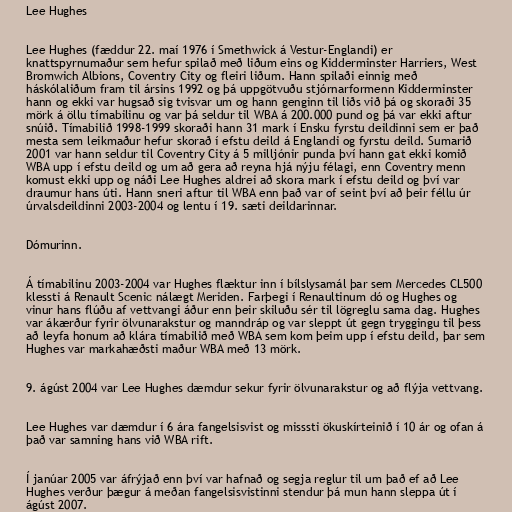
Lee Hughes

Lee Hughes (fæddur 22. maí 1976 í Smethwick á Vestur-Englandi) er
knattspyrnumaður sem hefur spilað með liðum eins og Kidderminster Harriers, West
Bromwich Albions, Coventry City og fleiri liðum. Hann spilaði einnig með
háskólaliðum fram til ársins 1992 og þá uppgötvuðu stjórnarformenn Kidderminster
hann og ekki var hugsað sig tvisvar um og hann genginn til liðs við þá og skoraði 35
mörk á öllu tímabilinu og var þá seldur til WBA á 200.000 pund og þá var ekki aftur
snúið. Tímabilið 1998-1999 skoraði hann 31 mark í Ensku fyrstu deildinni sem er það
mesta sem leikmaður hefur skorað í efstu deild á Englandi og fyrstu deild. Sumarið
2001 var hann seldur til Coventry City á 5 milljónir punda því hann gat ekki komið
WBA upp í efstu deild og um að gera að reyna hjá nýju félagi, enn Coventry menn
komust ekki upp og náði Lee Hughes aldrei að skora mark í efstu deild og því var
draumur hans úti. Hann sneri aftur til WBA enn það var of seint því að þeir féllu úr
úrvalsdeildinni 2003-2004 og lentu í 19. sæti deildarinnar.

Dómurinn.

Á tímabilinu 2003-2004 var Hughes flæktur inn í bílslysamál þar sem Mercedes CL500
klessti á Renault Scenic nálægt Meriden. Farþegi í Renaultinum dó og Hughes og
vinur hans flúðu af vettvangi áður enn þeir skiluðu sér til lögreglu sama dag. Hughes
var ákærður fyrir ölvunarakstur og manndráp og var sleppt út gegn tryggingu til þess
að leyfa honum að klára tímabilið með WBA sem kom þeim upp í efstu deild, þar sem
Hughes var markahæðsti maður WBA með 13 mörk.

9. ágúst 2004 var Lee Hughes dæmdur sekur fyrir ölvunarakstur og að flýja vettvang.

Lee Hughes var dæmdur í 6 ára fangelsisvist og misssti ökuskírteinið í 10 ár og ofan á
það var samning hans við WBA rift.

Í janúar 2005 var áfrýjað enn því var hafnað og segja reglur til um það ef að Lee
Hughes verður þægur á meðan fangelsisvistinni stendur þá mun hann sleppa út í
ágúst 2007.